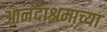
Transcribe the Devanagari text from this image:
आनंदाश्रमाच्या